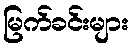
မြက်ခင်းများ